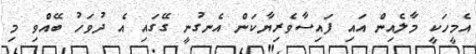
އެމީހަކީ މާލެއިން އައި ފައިސާވެރިޔާކަން އެނގުނީ ގޭގައި އެ ދުވަހު ބޭއްވި މި